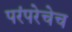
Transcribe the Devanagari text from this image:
परंपरेचेच